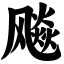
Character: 飚